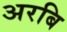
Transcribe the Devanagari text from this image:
अरबि